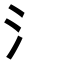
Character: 氵